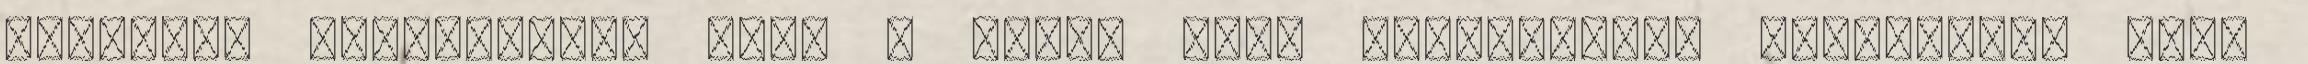
alapvető fontosságal bír, a három pont megszerzése megnyugtat majd